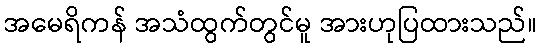
အမေရိကန် အသံထွက်တွင်မူ အားဟုပြထားသည်။